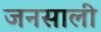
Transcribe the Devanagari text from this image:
जनसाली